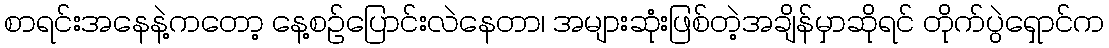
စာရင်းအနေနဲ့ကတော့ နေ့စဉ်ပြောင်းလဲနေတာ၊ အများဆုံးဖြစ်တဲ့အချိန်မှာဆိုရင် တိုက်ပွဲရှောင်က